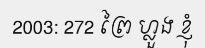
2003: 272 ព្រៃ ហ្លួង ខ្ញុំ